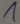
Text: 1